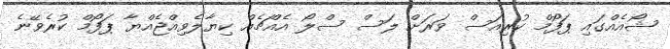
ޝޯއެއްގައި ޕަފޯމް ކުރިއަސް ވަރަށް ލަސް ސްލޯ އެއްޗެއް ކިޔާލެވިއްޖެއްޔާ ޕަފޯމް ކުރެވޭނެ